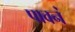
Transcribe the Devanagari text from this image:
पावनं